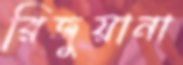
রিজুয়ানা